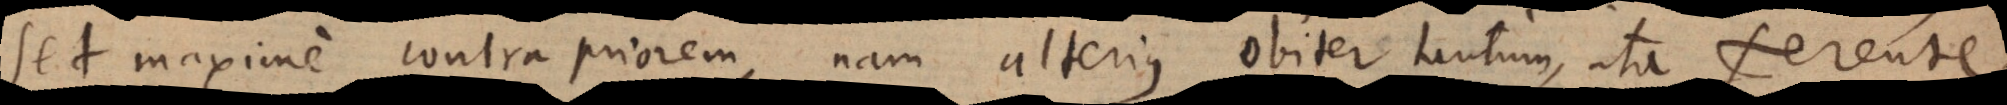
sed maxime contra priorem, nam alterius obiter tantum, ita ferente